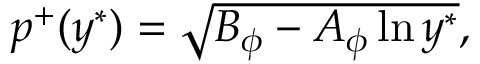
\begin{array} { r } { p ^ { + } ( y ^ { \ast } ) = \sqrt { B _ { \phi } - A _ { \phi } \ln y ^ { \ast } } , } \end{array}